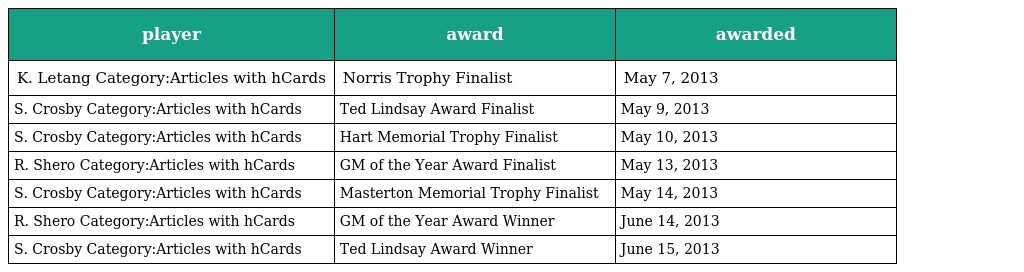
| player | award | awarded |
 | --- | --- | --- |
 | K. Letang Category:Articles with hCards | Norris Trophy Finalist | May 7, 2013 |
 | S. Crosby Category:Articles with hCards | Ted Lindsay Award Finalist | May 9, 2013 |
 | S. Crosby Category:Articles with hCards | Hart Memorial Trophy Finalist | May 10, 2013 |
 | R. Shero Category:Articles with hCards | GM of the Year Award Finalist | May 13, 2013 |
 | S. Crosby Category:Articles with hCards | Masterton Memorial Trophy Finalist | May 14, 2013 |
 | R. Shero Category:Articles with hCards | GM of the Year Award Winner | June 14, 2013 |
 | S. Crosby Category:Articles with hCards | Ted Lindsay Award Winner | June 15, 2013 |